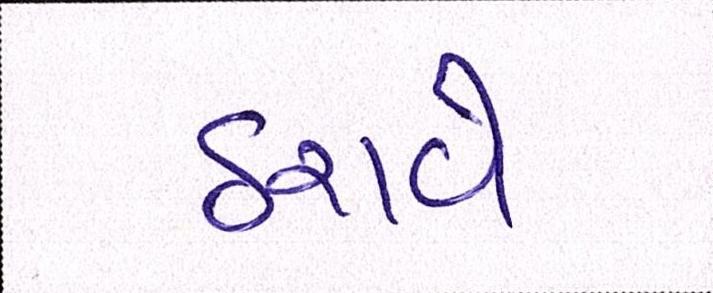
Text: ઠરાવે